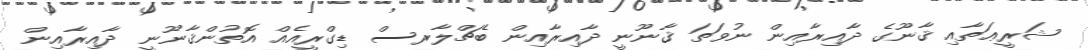
ޝަރީޢަތާއި ޤާނޫގެ ދާއިރާއިން ނުވަތަ ޤާނޫނީ ދާއިރާއިން ބެޗްލާރސް ޑިގްރީއެއް އޮތުންޤާނޫނީ ދާއިރާއިން